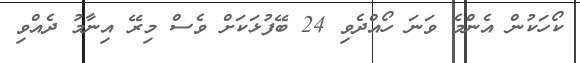
ކޯހަކުން އެންމެ ވަނަ ހޯއްދެވި 24 ބޭފުޅަކަށް ވެސް މިރޭ އިނާމު ދެއްވި